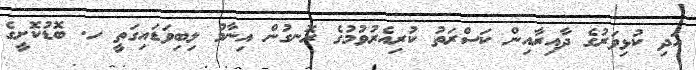
އަދި ކުޅިވަރުގެ ދާއިރާއިން ކަސްރަތު ކުރިއެރުވުމުގެ ރޮނގުން އިނާމު ލިބިވަޑައިގަތީ ހ. ބޮޑުކޮށީގެ